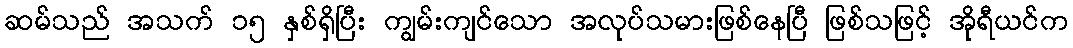
ဆမ်သည် အသက် ၁၅ နှစ်ရှိပြီး ကျွမ်းကျင်သော အလုပ်သမားဖြစ်နေပြီ ဖြစ်သဖြင့် အိုရီယင်က